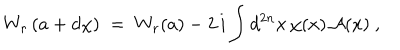
W _ { r } \left( a + d \chi \right) \; = \; W _ { r } ( a ) - 2 \, i \int d ^ { 2 n } x \, \chi ( x ) \, { \mathcal A } ( x ) ~ ,